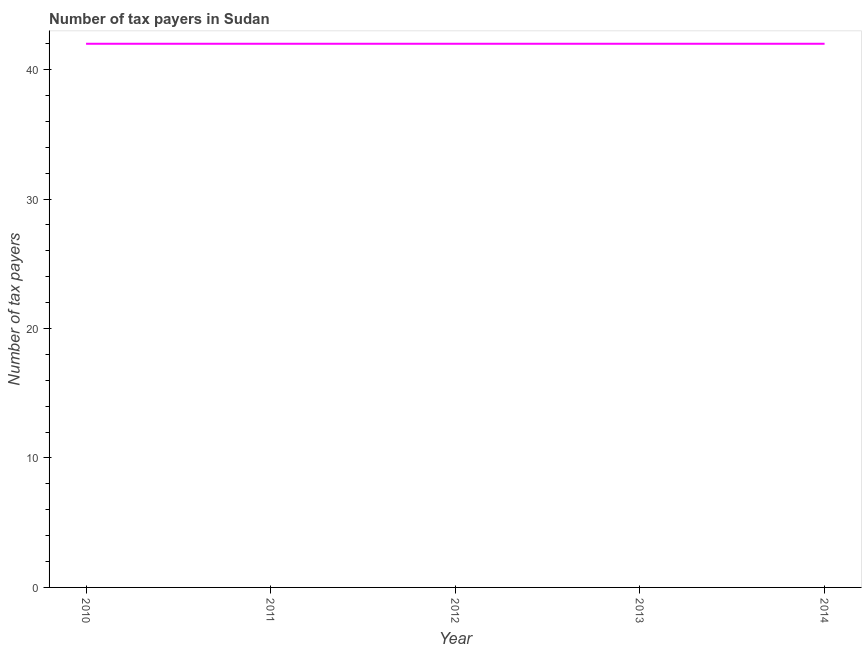
| Year | Tax payments |
 | --- | --- |
 | 2010 | 42 |
 | 2011 | 42 |
 | 2012 | 42 |
 | 2013 | 42 |
 | 2014 | 42 |